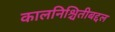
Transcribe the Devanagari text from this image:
कालनिश्चितीबद्दल